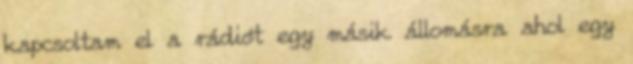
kapcsoltam el a rádiót egy másik állomásra ahol egy